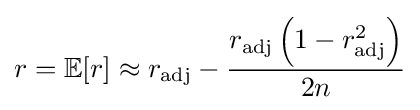
r=\operatorname {\mathbb {E} } [r]\approx r_{\text{adj}}-{\frac {r_{\text{adj}}\left(1-r_{\text{adj}}^{2}\right)}{2n}}